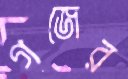
গজের